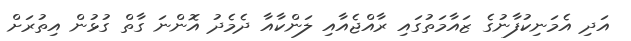
އަދި އެމަނިކުފާނުގެ ޒައާމަތުގައި ރާއްޖެއާއި ލަންކާއާ ދެމެދު އޮންނަ ގާތް ގުޅުން އިތުރަށް